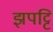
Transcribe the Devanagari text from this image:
झपट्टि